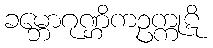
ခမ္ဘောဂုဏ္ဌိကဥက္ကုဋိ